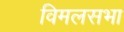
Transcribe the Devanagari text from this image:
विमलसभा